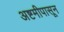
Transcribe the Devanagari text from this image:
अष्टमीपासून